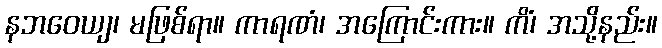
နဘဝေယျ၊ မဖြစ်ရာ။ ကာရဏံ၊ အကြောင်းကား။ ကိံ၊ အသို့နည်း။